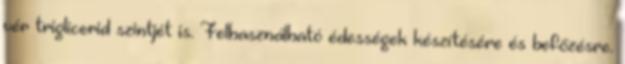
vér triglicerid szintjét is. Felhasználható édességek készítésére és befőzésre.